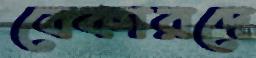
বেকারদে